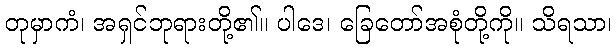
တုမှာကံ၊ အရှင်ဘုရားတို့၏။ ပါဒေ၊ ခြေတော်အစုံတို့ကို။ သိရသာ၊